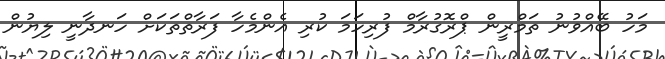
މަހު ބޭއްވުނު ތަމްރީން ޕްރޮގުރާމް ފުރިހަމަ ކުރި އެންމެހާ ފަރާތްތަކަށް ހަނދާނީ ލިޔުން